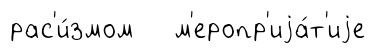
рас'и́змом м'еропр'иjа́т'иjе